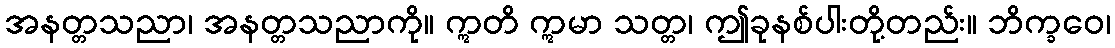
အနတ္တသညာ၊ အနတ္တသညာကို။ ဣတိ ဣမာ သတ္တ၊ ဤခုနစ်ပါးတို့တည်း။ ဘိက္ခဝေ၊